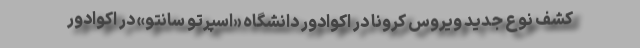
کشف نو‌ع جدید ویروس کرونا در اکوادور دانشگاه «اسپرتو سانتو» در اکوادور